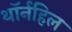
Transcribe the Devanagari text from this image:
थॉर्नहिल